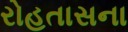
રોહતાસના